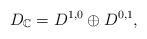
LaTeX: \begin{align*}D_{\mathbb{C}}=D^{1,0}\oplus D^{0,1},\end{align*}